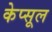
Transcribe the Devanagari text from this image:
केप्सूल